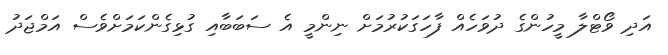
އަދި ވޯޓްލާ މީހުންގެ ދުވަހެއް ފާހަގަކުރުމަށް ނިންމީ އެ ސަބަބާއި ގުޅިގެންކަމަށްވެސް އަމްޖަދު